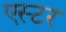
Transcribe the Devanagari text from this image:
एस्‍टर